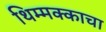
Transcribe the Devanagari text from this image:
थिम्मक्काचा